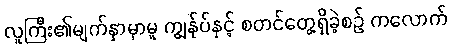
လူကြီး၏မျက်နှာမှာမူ ကျွန်ုပ်နှင့် စတင်တွေ့ရှိခဲ့စဉ် ကလောက်